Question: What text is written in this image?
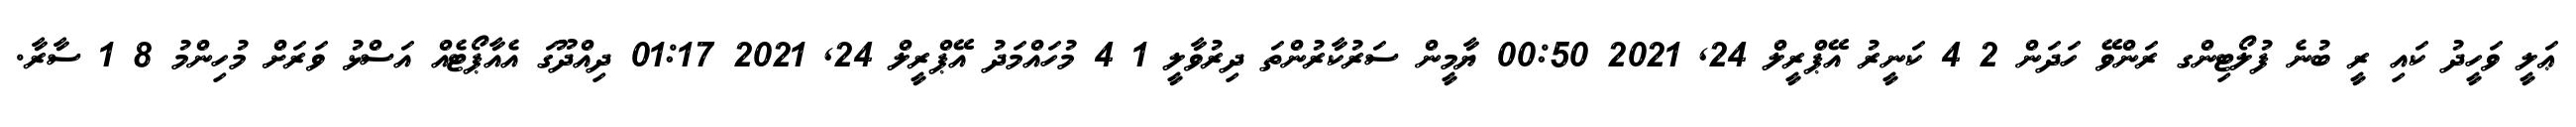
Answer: ޢަލީ ވަހީދު ކައި ރީ ބުނެ ފުލޯޓިންގ ރަންވޭ ހަދަން 2 4 ކަނީރު އޭޕްރީލް 24, 2021 00:50 ޔާމީން ސަރުކާރުންތަ ދިރުވާލީ 1 4 މުހައްމަދު އޭޕްރީލް 24, 2021 01:17 ދިއްދޫގަ އެއާޕޯޓެއް އަސްޅު ވަރަށް މުހިންމު 8 1 ސާރާ.